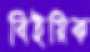
বিইয়িক